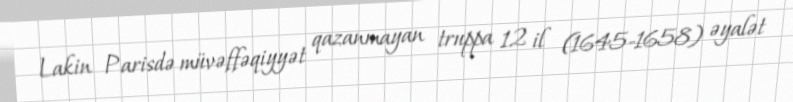
Lakin Parisdə müvəffəqiyyət qazanmayan truppa 12 il (1645-1658) əyalət